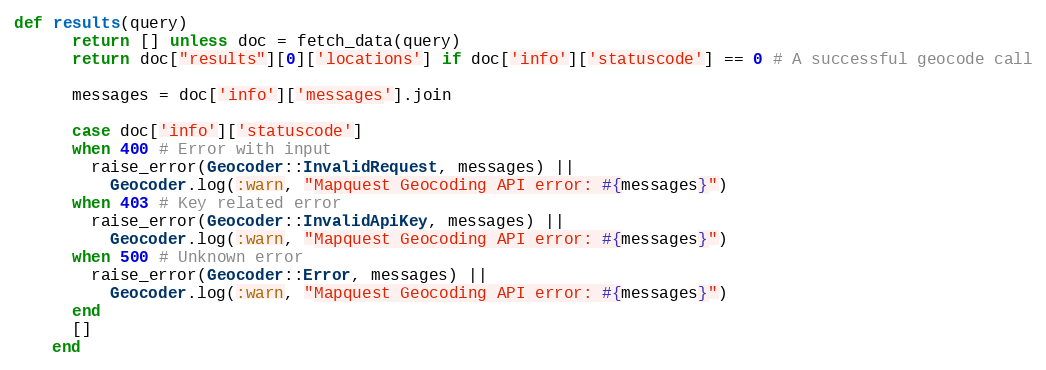
Language: Ruby
def results(query)
      return [] unless doc = fetch_data(query)
      return doc["results"][0]['locations'] if doc['info']['statuscode'] == 0 # A successful geocode call

      messages = doc['info']['messages'].join

      case doc['info']['statuscode']
      when 400 # Error with input
        raise_error(Geocoder::InvalidRequest, messages) ||
          Geocoder.log(:warn, "Mapquest Geocoding API error: #{messages}")
      when 403 # Key related error
        raise_error(Geocoder::InvalidApiKey, messages) ||
          Geocoder.log(:warn, "Mapquest Geocoding API error: #{messages}")
      when 500 # Unknown error
        raise_error(Geocoder::Error, messages) ||
          Geocoder.log(:warn, "Mapquest Geocoding API error: #{messages}")
      end
      []
    end